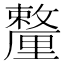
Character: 𨤸